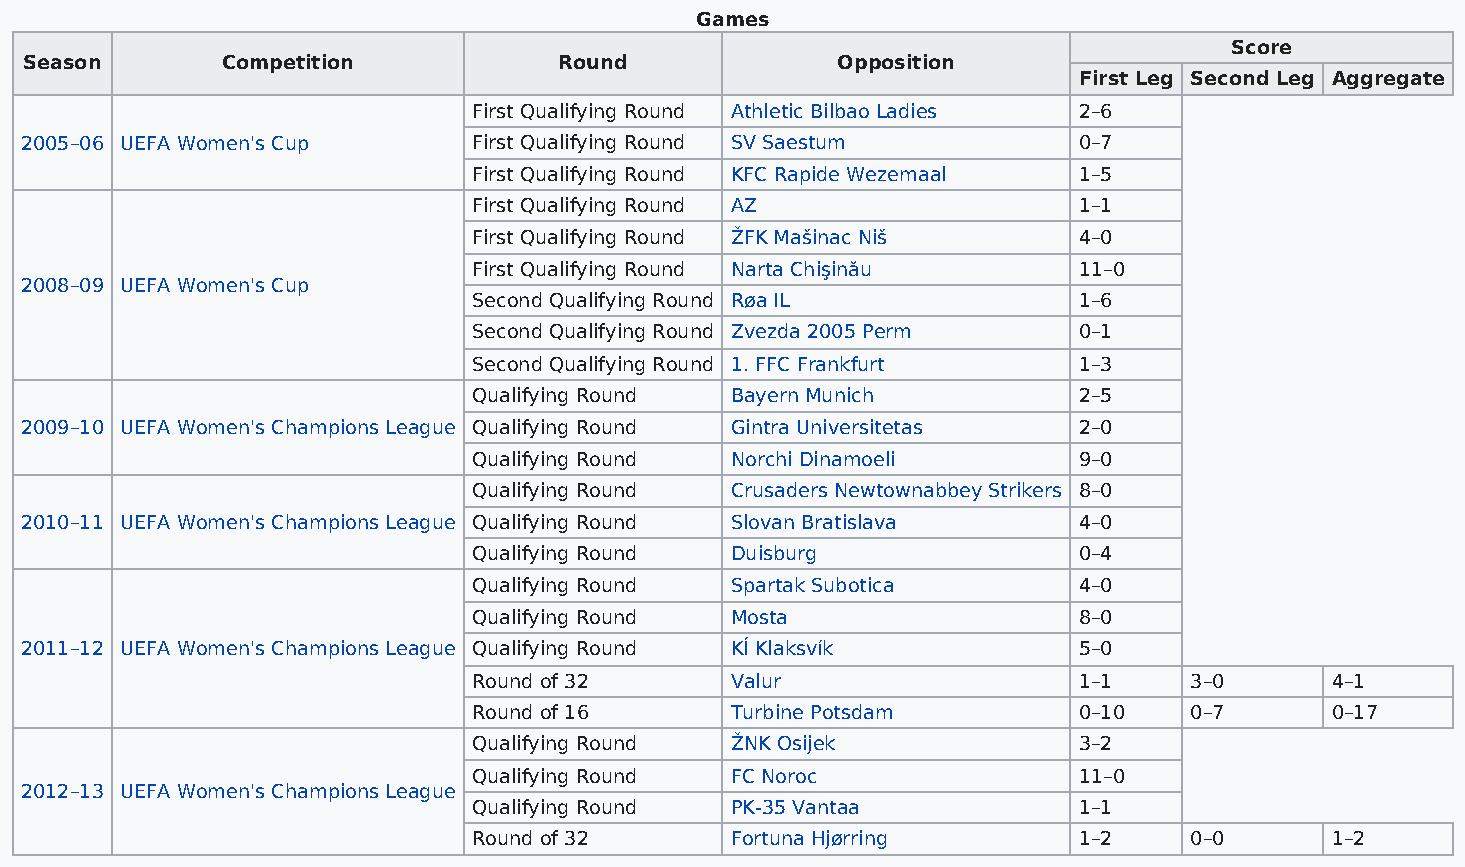
Games
 Score
 Season       Competition           Round             Opposition
 First Leg Second Leg Aggregate
 First Qualifying Round Athletic Bilbao Ladies 2–6
 2005–06 UEFA Women's Cup      First Qualifying Round SV Saestum       0–7
 First Qualifying Round KFC Rapide Wezemaal 1–5
 First Qualifying Round AZ               1–1
 First Qualifying Round ŽFK Mašinac Niš  4–0
 First Qualifying Round Narta Chişinău   11–0
 2008–09 UEFA Women's Cup
 Second Qualifying Round Røa IL          1–6
 Second Qualifying Round Zvezda 2005 Perm 0–1
 Second Qualifying Round 1. FFC Frankfurt 1–3
 Qualifying Round Bayern Munich          2–5
 2009–10 UEFA Women's Champions League Qualifying Round Gintra Universitetas 2–0
 Qualifying Round Norchi Dinamoeli       9–0
 Qualifying Round Crusaders Newtownabbey Strikers 8–0
 2010–11 UEFA Women's Champions League Qualifying Round Slovan Bratislava 4–0
 Qualifying Round Duisburg               0–4
 Qualifying Round Spartak Subotica       4–0
 Qualifying Round Mosta                  8–0
 2011–12 UEFA Women's Champions League Qualifying Round KÍ Klaksvík    5–0
 Round of 32      Valur                  1–1     3–0      4–1
 Round of 16      Turbine Potsdam        0–10    0–7      0–17
 Qualifying Round ŽNK Osijek             3–2
 Qualifying Round FC Noroc               11–0
 2012–13 UEFA Women's Champions League
 Qualifying Round PK-35 Vantaa           1–1
 Round of 32      Fortuna Hjørring       1–2     0–0      1–2